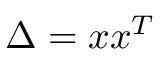
\Delta = x x ^ { T }